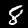
Label: 8